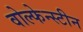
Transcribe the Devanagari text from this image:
वोल्फेन्स्टीन